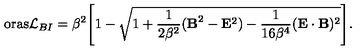
\, \mathrm { o r a s } { \cal { L } } _ { B I } = \beta ^ { 2 } \Biggl [ 1 - \sqrt { 1 + \frac { 1 } { 2 \beta ^ { 2 } } ( { \bf B } ^ { 2 } - { \bf E } ^ { 2 } ) - \frac { 1 } { 1 6 \beta ^ { 4 } } ( { \bf E } \cdot { \bf B } ) ^ { 2 } } \Biggr ] .